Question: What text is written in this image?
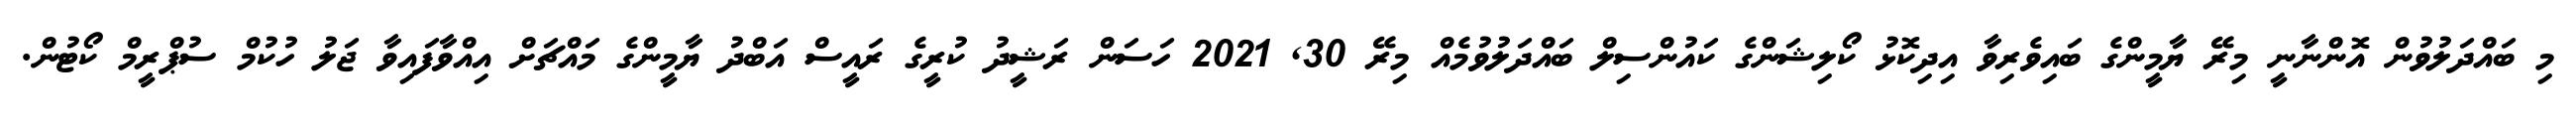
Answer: މި ބައްދަލުވުން އޮންނާނީ މިރޭ ޔާމީންގެ ބައިވެރިވާ އިދިކޮޅު ކޯލިޝަންގެ ކައުންސިލް ބައްދަލުވުމެއް މިރޭ 30, 2021 ހަސަން ރަޝީދު ކުރީގެ ރައީސް އަބްދު ޔާމީންގެ މައްޗަށް އިއްވާފައިވާ ޖަލު ހުކުމް ސުޕްރީމް ކޯޓުން.